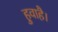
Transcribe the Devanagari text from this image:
हुवाहै।